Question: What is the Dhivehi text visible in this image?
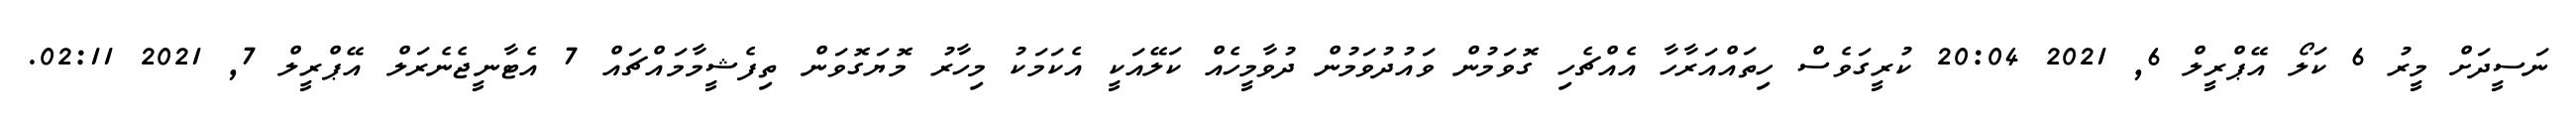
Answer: ނަސީދަށް މީރު 6 ކަލޯ އޭޕްރީލް 6, 2021 20:04 ކުރީގަވެސް ހިތައްއަރާހާ އެއްޗެހި ގޮވަމުން ވައުދުވަމުން ދުވާމީހެއް ކަލޭއަކީ އެކަމަކު މިހާރު މޮޔަގޮވަން ތިފެޝީމާމައްޗައް 7 އެޓާނީޖެނެރަލް އޭޕްރީލް 7, 2021 02:11.